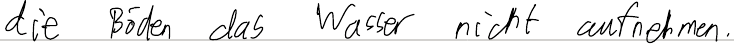
die Böden das Wasser nicht aufnehmen.